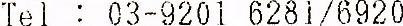
TEL: 03-9201 6281/6920